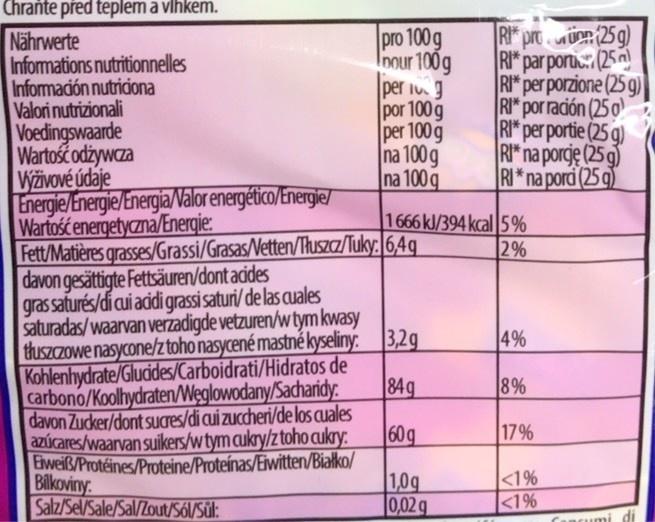
Chrante před teplem a vlhkem.
pro 100 g Inour 100g per Ig por 100 g per 100 g na 100g |na 100 q
RI* proüen(25 g) RI* par porti: (25 a) RI* per porzione (25 g) RI* por ración (25 o RI* per portie (25 g) RI* na porcje (25 g) R*na pord (25 g)
Nährwerte Informations nutritionnelles Información nutriciona Valori nutrizionali Voedingswaarde Wartośc odżywcza VWžvové údaje Energie/Energie/Energia/Valor energético/Energie/ Wartość energetyczna/Energie: Fett/Matières grasses/Grassi/Grasas/Vetten/Tłuszcz/Tuky: 6,4g davon gesättigte Fettsäuren/dont acides gras saturés/di cui acidi grassi saturi/de las cuales saturadas/waarvan verzadigde vetzuren/w tym kwasy thuszczowe nasycone/ztoho nasycené mastně kyseliny: 3,2g Kohlenhydrate/Glucides/Carboidrati/Hidratos de carbono/Koolhydraten/Weglowodany/Sacharidy. davon Zucker/dont sUcres/di cui zuccheri/de los cuales azúcares/waarvan suikers/w tym cukry/ztoho cukry: Eiweiß/Protéines/Proteine/Proteínas/Eiwitten/Białko/ Bilkoviny. Salz/Sel/Sale/Sal/Zout/SÓ/Sül:
1666 kl/394 kcal |5% 2%
4%
|84g
8%
60g
17%
1,0g 0,02 g
<1% |<1%
ancumi di